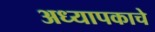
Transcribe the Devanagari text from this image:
अध्यापकाचे